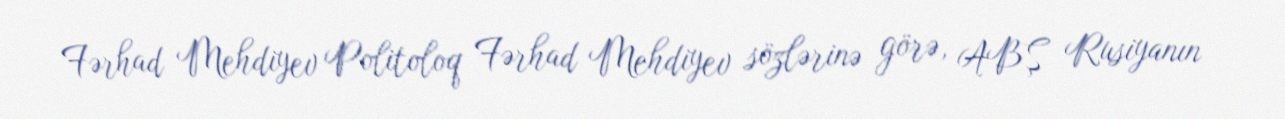
Fərhad Mehdiyev Politoloq Fərhad Mehdiyev sözlərinə görə, ABŞ Rusiyanın